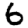
Digit: 6